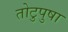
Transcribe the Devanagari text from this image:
तोटुपुषा